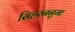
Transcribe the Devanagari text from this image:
सिहरननुमा